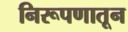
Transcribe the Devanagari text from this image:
निरूपणातून